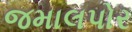
જમાલપોર